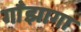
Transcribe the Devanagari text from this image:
गाँझागा